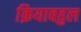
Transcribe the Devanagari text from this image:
क्रियाबहुल